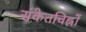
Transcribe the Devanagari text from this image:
संकेतचिह्नों